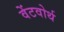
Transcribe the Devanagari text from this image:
वेंटवोर्थ